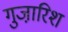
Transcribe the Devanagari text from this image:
गुजा़रिश